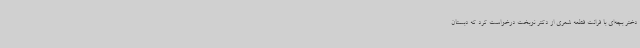
دختر بچه‌ای با قرائت قطعه شعری از دکتر نوبخت درخواست کرد که دبستان